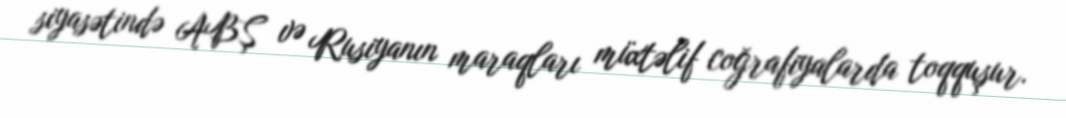
siyasətində ABŞ və Rusiyanın maraqları müxtəlif coğrafiyalarda toqquşur.